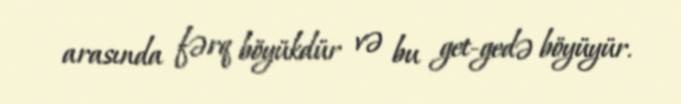
arasında fərq böyükdür və bu get-gedə böyüyür.